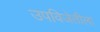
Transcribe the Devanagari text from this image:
उपविजेतीला